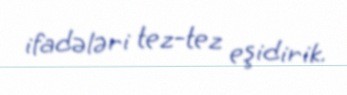
ifadələri tez-tez eşidirik.